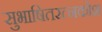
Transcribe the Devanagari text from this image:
सुभाषितरत्नकोश